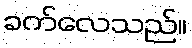
ခက်လေသည်။